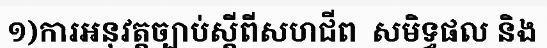
១)ការអនុវត្តច្បាប់ស្តីពីសហជីព  សមិទ្ធផល និង